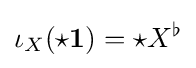
\iota _{X}({\star }\mathbf {1} )={\star }X^{\flat }